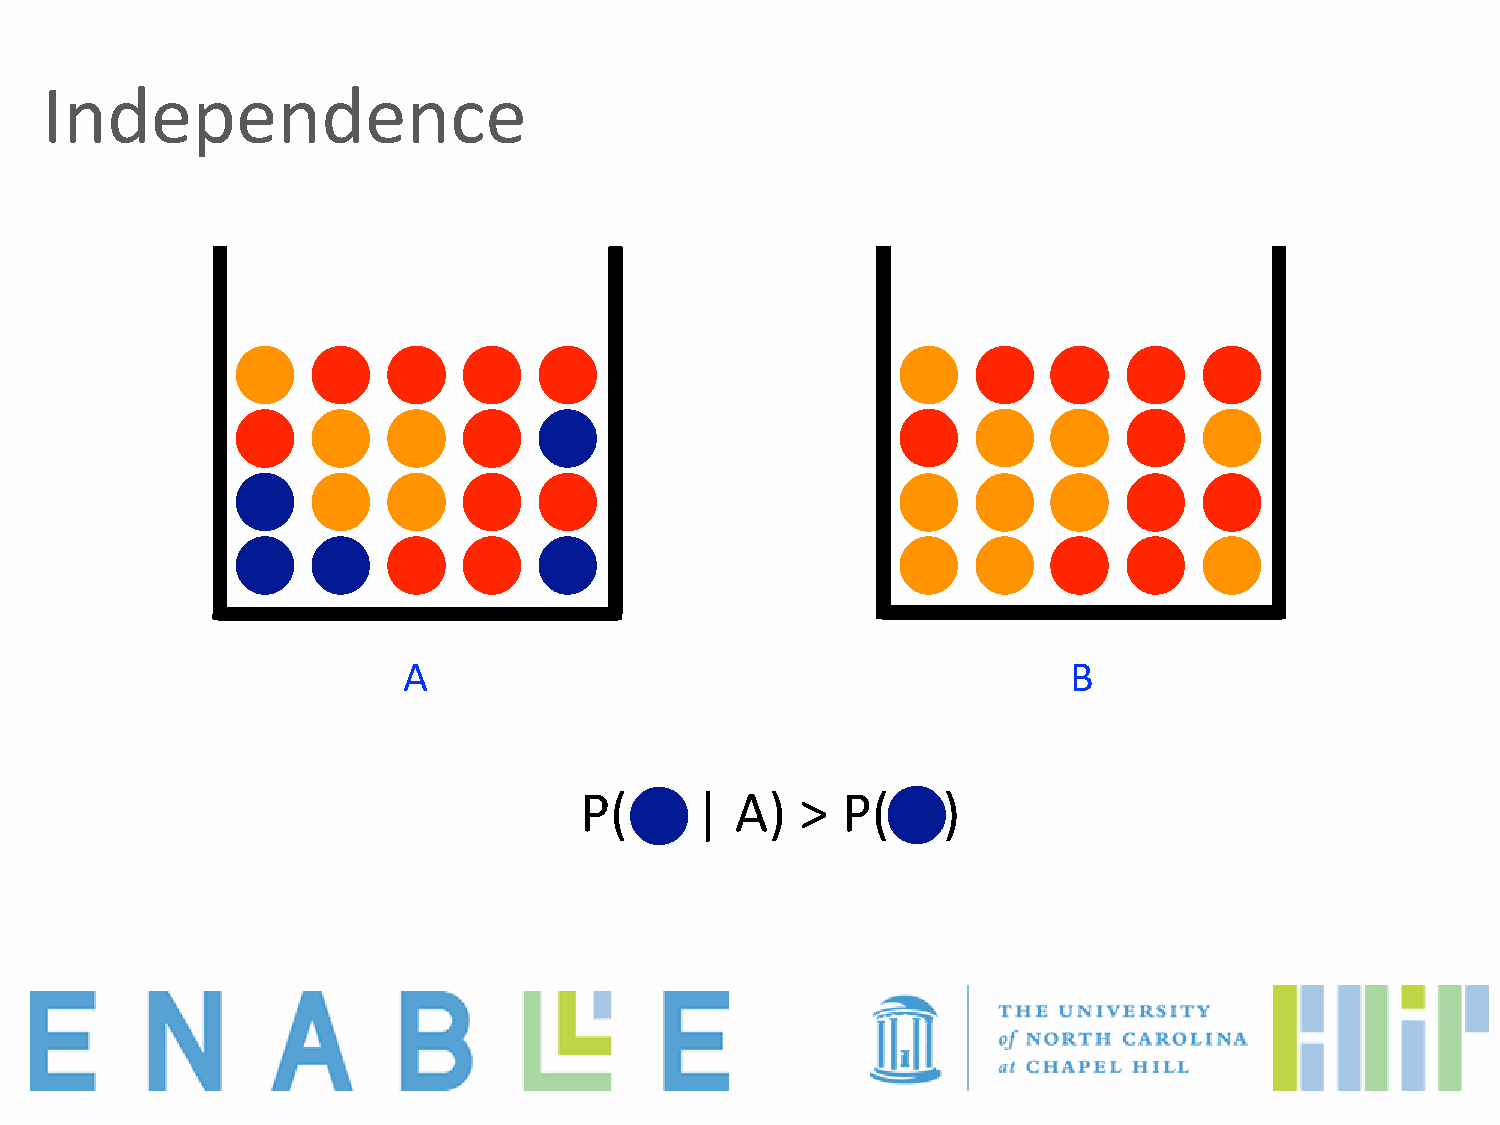
Independence
 A                                           B
 P(      |  A)  >  P(    )